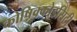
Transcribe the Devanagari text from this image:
कोष़िक्कोडसिटी